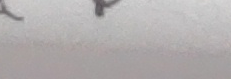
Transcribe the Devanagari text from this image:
र्य